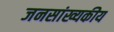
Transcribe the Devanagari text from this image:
जनसांख्यकीय